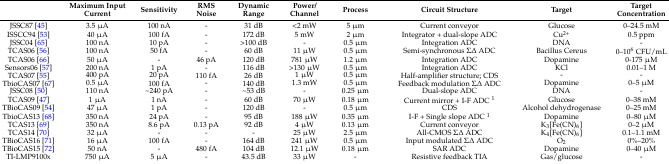
<table><thead><tr><td></td><td><b>Maximum Input Current</b></td><td><b>Sensitivity</b></td><td><b>RMS Noise</b></td><td><b>Dynamic Range</b></td><td><b>Power/Channel</b></td><td><b>Process</b></td><td><b>Circuit Structure</b></td><td><b>Target</b></td><td><b>Target Concentration</b></td></tr></thead><tbody><tr><td>JSSC87 [45]</td><td>3.5 μA</td><td>100 nA</td><td>-</td><td>31 dB</td><td>&lt;2 mW</td><td>5 μm</td><td>Current conveyor</td><td>Glucose</td><td>0–24.5 mM</td></tr><tr><td>ISSCC94 [53]</td><td>40 μA</td><td>100 fA</td><td>-</td><td>172 dB</td><td>5 mW</td><td>2 μm</td><td>Integrator + dual-slope ADC</td><td>Cu<sup>2+</sup></td><td>0.5 ppm</td></tr><tr><td>JSSC04 [65]</td><td>100 nA</td><td>10 pA</td><td>-</td><td>&gt;100 dB</td><td>-</td><td>0.5 μm</td><td>Integration ADC</td><td>DNA</td><td>-</td></tr><tr><td>TCAS06 [56]</td><td>100 nA</td><td>50 fA</td><td>-</td><td>60 dB</td><td>11 μW</td><td>0.5 μm</td><td>Semi-synchronous Σ∆ ADC</td><td>Bacillus Cereus</td><td>0–10<sup>6</sup> CFU/mL</td></tr><tr><td>TCAS06 [66]</td><td>50 μA</td><td>-</td><td>46 pA</td><td>120 dB</td><td>781 μW</td><td>1.2 μm</td><td>Integration ADC</td><td>Dopamine</td><td>0-175 μM</td></tr><tr><td>Sensors06 [57]</td><td>200 nA</td><td>1 pA</td><td>-</td><td>116 dB</td><td>&gt;130 μW</td><td>0.5 μm</td><td>Integration ADC</td><td>KCl</td><td>0.01–1 M</td></tr><tr><td>TCAS07 [55]</td><td>400 pA</td><td>20 pA</td><td>110 fA</td><td>26 dB</td><td>1 μW</td><td>0.5 μm</td><td>Half-amplifier structure; CDS</td><td>-</td><td>-</td></tr><tr><td>TbioCAS07 [67]</td><td>0.5 μA</td><td>100 fA</td><td>-</td><td>140 dB</td><td>1.3 mW</td><td>0.5 μm</td><td>Feedback modulation Σ∆ ADC</td><td>Dopamine</td><td>0–5 μM</td></tr><tr><td>JSSC08 [50]</td><td>110 nA</td><td>~240 pA</td><td>-</td><td>~53 dB</td><td>-</td><td>0.25 μm</td><td>Dual-slope ADC</td><td>DNA</td><td>-</td></tr><tr><td>TCAS09 [47]</td><td>1 μA</td><td>1 nA</td><td>-</td><td>60 dB</td><td>70 μW</td><td>0.18 μm</td><td>Current mirror + I-F ADC <sup>1</sup></td><td>Glucose</td><td>0–38 mM</td></tr><tr><td>TBioCAS09 [54]</td><td>47 μA</td><td>1 pA</td><td>-</td><td>120 dB</td><td>-</td><td>0.5 μm</td><td>CDS</td><td>Alcohol dehydrogenase</td><td>0–25 mM</td></tr><tr><td>TbioCAS13 [68]</td><td>350 nA</td><td>24 pA</td><td>-</td><td>95 dB</td><td>188 μW</td><td>0.35 μm</td><td>I-F + Single slope ADC <sup>1</sup></td><td>Dopamine</td><td>0–80 μM</td></tr><tr><td>TCAS13 [69]</td><td>350 nA</td><td>8.6 pA</td><td>0.13 pA</td><td>92 dB</td><td>4 μW</td><td>0.13 μm</td><td>Current conveyor</td><td>K<sub>3</sub>[Fe(CN)<sub>6</sub>]</td><td>0–2 μM</td></tr><tr><td>TCAS14 [70]</td><td>32 μA</td><td>-</td><td>-</td><td>-</td><td>25 μW</td><td>2.5 μm</td><td>All-CMOS Σ∆ ADC</td><td>K<sub>4</sub>[Fe(CN)<sub>6</sub>]</td><td>0.1–1.1 mM</td></tr><tr><td>TBioCAS16 [71]</td><td>16 μA</td><td>100 fA</td><td>-</td><td>164 dB</td><td>241 μW</td><td>0.5 μm</td><td>Input modulated Σ∆ ADC</td><td>O<sub>2</sub></td><td>0%–20%</td></tr><tr><td>TBioCAS15 [72]</td><td>50 nA</td><td>-</td><td>480 fA</td><td>104 dB</td><td>12.1 μW</td><td>0.18 μm</td><td>SAR ADC</td><td>Dopamine</td><td>0–40 μM</td></tr><tr><td>TI-LMP9100x</td><td>750 μA</td><td>5 μA</td><td>-</td><td>43.5 dB</td><td>33 μW</td><td>-</td><td>Resistive feedback TIA</td><td>Gas/glucose</td><td>-</td></tr></tbody></table>